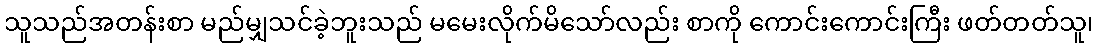
သူသည်အတန်းစာ မည်မျှသင်ခဲ့ဘူးသည် မမေးလိုက်မိသော်လည်း စာကို ကောင်းကောင်းကြီး ဖတ်တတ်သူ၊